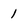
Character: 1